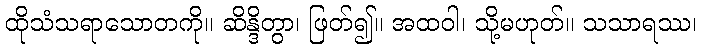
ထိုသံသရာသောတကို။ ဆိန္ဒိတွာ၊ ဖြတ်၍။ အထဝါ၊ သို့မဟုတ်။ သသာရဿ၊